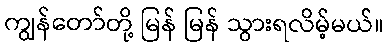
ကျွန်တော်တို့ မြန် မြန် သွားရလိမ့်မယ်။